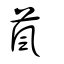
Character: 葻